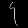
Digit: ၄